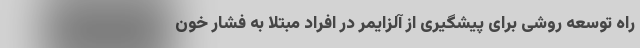
راه توسعه روشی برای پیشگیری از آلزایمر در افراد مبتلا به فشار خون